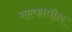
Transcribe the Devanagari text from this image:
मल्कापोल